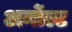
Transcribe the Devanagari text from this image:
अर्नोल्ट